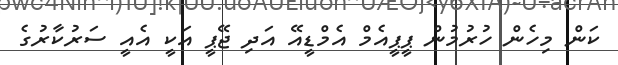
ކަން މިހެން ހުރުމުން ޕީޕީއެމް އެމްޑީއޭ އަދި ޖޭޕީ އަކީ އެއީ ސަރުކާރުގެ